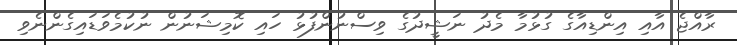
ރާއްޖެ އާއި އިންޑިއާގެ ގުޅުމާ މެދު ނަޝީދުގެ ވިސްނުންފުޅު ހައި ކޮމިޝަނުން ނުކުމެވަޑައިގެންނެވި